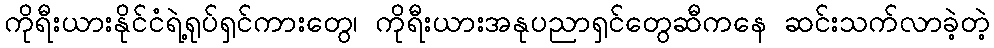
ကိုရီးယားနိုင်ငံရဲ့ရုပ်ရှင်ကားတွေ၊ ကိုရီးယားအနုပညာရှင်တွေဆီကနေ ဆင်းသက်လာခဲ့တဲ့